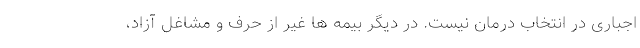
اجباری در انتخاب درمان نیست. در دیگر بیمه ها غیر از حرف و مشاغل آزاد،